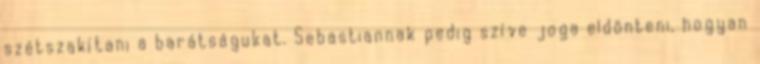
szétszakítani a barátságukat. Sebastiannak pedig szíve joga eldönteni, hogyan